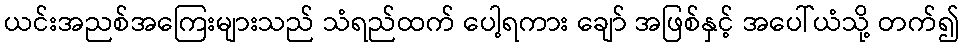
ယင်းအညစ်အကြေးများသည် သံရည်ထက် ပေါ့ရကား ချော် အဖြစ်နှင့် အပေါ်ယံသို့ တက်၍